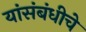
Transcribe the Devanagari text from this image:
यांसंबंधीचे